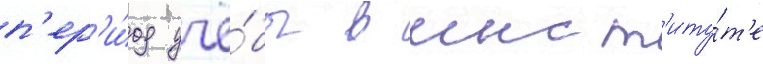
п'ер'и́од учё́бы в инст'иту́т'е